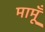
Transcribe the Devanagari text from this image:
मामूँ